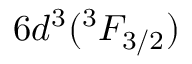
6 d ^ { 3 } ( ^ { 3 } F _ { 3 / 2 } )